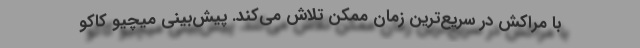
با مراکش در سریع‌ترین زمان ممکن تلاش می‌کند. پیش‌بینی میچیو کاکو